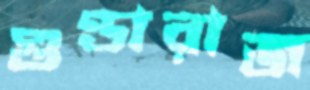
গুণ্ডারাজ